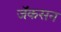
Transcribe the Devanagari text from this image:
जॅकसन